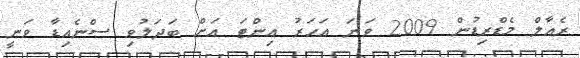
ރެއާލް މެޑްރިޑުން 2009 ވަނަ އަހަރު އިންޓަ އަށް ބަދަލުވި ސްނެއިޑާ ވަނީ